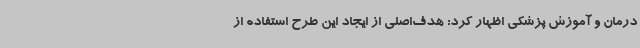
درمان و آموزش پزشکی اظهار کرد: هدف‌اصلی از ایجاد این طرح استفاده از